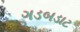
ગડબડાટ